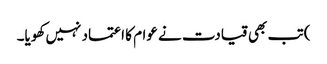
) تب بھی قیادت نے عوام کا اعتماد نہیں کھویا۔